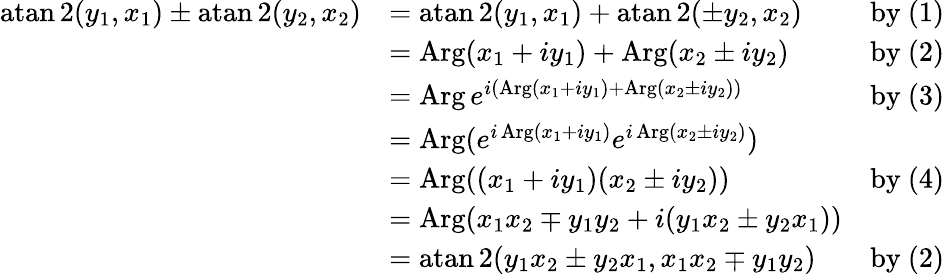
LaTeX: {\begin{array}{rlr}{\operatorname{atan2}(y_{1},x_{1})\pm\operatorname{atan2}(y_{2},x_{2})}&{=\operatorname{atan2}(y_{1},x_{1})+\operatorname{atan2}(\pm y_{2},x_{2})}&{{\mathrm{by~(1)}}}\\ &{=\operatorname{Arg}(x_{1}+iy_{1})+\operatorname{Arg}(x_{2}\pm iy_{2})}&{{\mathrm{by~(2)}}}\\ &{=\operatorname{Arg}e^{i(\operatorname{Arg}(x_{1}+iy_{1})+\operatorname{Arg}(x_{2}\pm iy_{2}))}}&{{\mathrm{by~(3)}}}\\ &{=\operatorname{Arg}(e^{i\operatorname{Arg}(x_{1}+iy_{1})}e^{i\operatorname{Arg}(x_{2}\pm iy_{2})})}\\ &{=\operatorname{Arg}((x_{1}+iy_{1})(x_{2}\pm iy_{2}))}&{{\mathrm{by~(4)}}}\\ &{=\operatorname{Arg}(x_{1}x_{2}\mp y_{1}y_{2}+i(y_{1}x_{2}\pm y_{2}x_{1}))}\\ &{=\operatorname{atan2}(y_{1}x_{2}\pm y_{2}x_{1},x_{1}x_{2}\mp y_{1}y_{2})}&{{\mathrm{by~(2)}}}\end{array}}